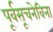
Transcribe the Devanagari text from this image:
पूर्वसूचनेविना